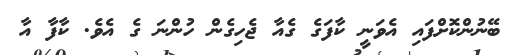
ބޭނުންކޮށްފައި އެވަނީ ކާފަގެ ގެއާ ޖެހިގެން ހުންނަ ގެ އެވެ. ކާފާ އާ